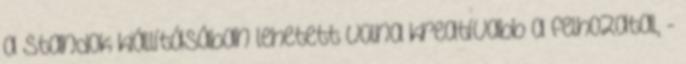
a standok kiállításában lehetett volna kreatívabb a felhozatal, -